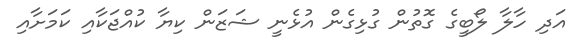
އަދި ހާލާާ ލޯބީގެ ގޮތުން ގުޅިގެން އުޅެނީ ޝަޒަން ކިޔާ ކުއްޖަކާއި ކަމަށާއި